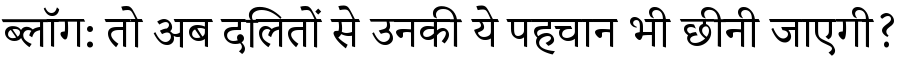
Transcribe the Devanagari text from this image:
ब्लॉग: तो अब दलितों से उनकी ये पहचान भी छीनी जाएगी?